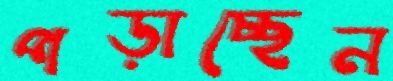
পড়াচ্ছেন